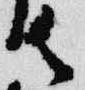
御